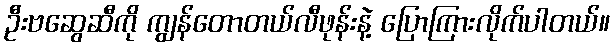
ဦးဗဆွေဆီကို ကျွန်တောတယ်လီဖုန်းနဲ့ ပြောကြားလိုက်ပါတယ်။